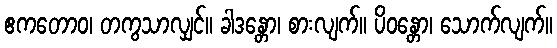
ဧကတောဝ၊ တကွသာလျှင်။ ခါဒန္တော၊ စားလျက်။ ပိဝန္တော၊ သောက်လျက်။